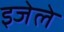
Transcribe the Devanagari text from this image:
इजेले